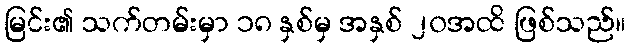
မြင်း၏ သက်တမ်းမှာ ၁၈ နှစ်မှ အနှစ် ၂၀အထိ ဖြစ်သည်။